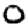
Digit: 0